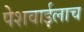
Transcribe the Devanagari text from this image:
पेशवाईलाच